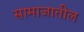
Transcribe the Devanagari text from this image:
सामाजातील